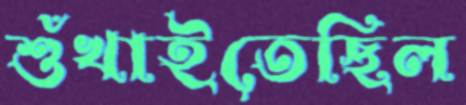
শুঁখাইতেছিল